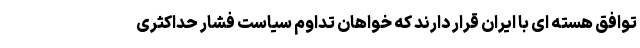
توافق هسته ای با ایران قرار دارند که خواهان تداوم سیاست فشار حداکثری